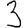
Digit: 3